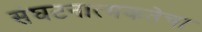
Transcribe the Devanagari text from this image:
संघटनात्मकतेचा